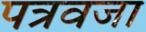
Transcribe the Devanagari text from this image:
पत्रवजा